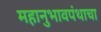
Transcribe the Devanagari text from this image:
महानुभावपंथाचा